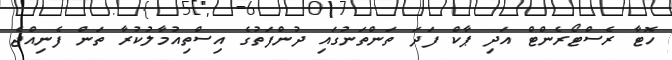
ހޮޓާ ރެސްޓޯރެންޓް އަދި ޕާކް ފަދަ ތަންތަނުގައި ދުންފަތުގެ އިސްތިއުމާލުކުރާ ތަން ފެނިއްޖެ